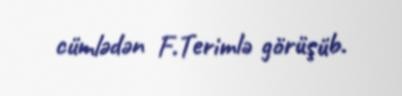
cümlədən F.Terimlə görüşüb.